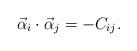
LaTeX: \begin{align*}\vec{\alpha}_i \cdot \vec{\alpha}_j = -C_{ij}.\end{align*}